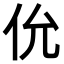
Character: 𫢎